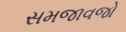
સમજાવજો